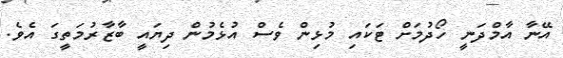
އޭނާ އާމްދަނީ ހޯދުމަށް ޓަކައި މުޅިން ވެސް އުޅެމުން ދިޔައީ ބާޒާރުމަތީގަ އެވެ.